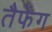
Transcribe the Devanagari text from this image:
तैफेंग